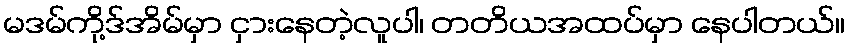
မဒမ်ကို့ဒ်အိမ်မှာ ငှားနေတဲ့လူပါ၊ တတိယအထပ်မှာ နေပါတယ်။